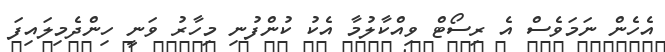
އެހެން ނަމަވެސް އެ ރިސޯޓް ވިއްކާލުމާ އެކު ކުންފުނި މިހާރު ވަނީ ހިންދެމިލައިފަ